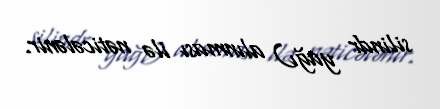
silindr yağı) alınması ilə nəticələnir.